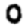
Digit: 0